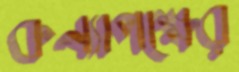
কন্যাপক্ষের